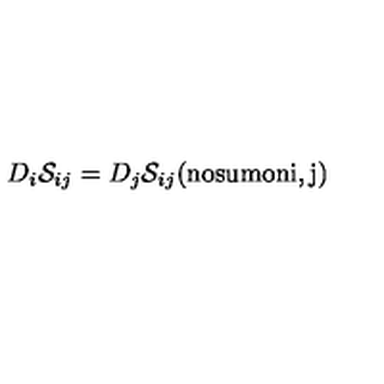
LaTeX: D _ { i } { \cal S } _ { i j } = D _ { j } { \cal S } _ { i j } ( \mathrm { n o s u m o n i , j } )